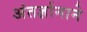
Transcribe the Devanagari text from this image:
अंतर्ज्ञानाने